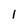
Character: l